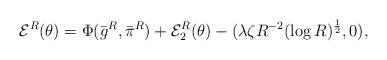
LaTeX: \begin{align*}\mathcal{E}^{R}(\theta) &=\Phi (\bar{g}^R , \bar{\pi}^R)+ \mathcal{E}^R_2(\theta) -(\lambda \zeta R^{-2}(\log R)^\frac{1}{2}, 0),\end{align*}